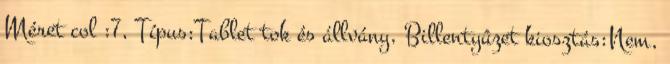
Méret col :7, Típus:Tablet tok és állvány, Billentyûzet kiosztás:Nem,